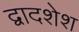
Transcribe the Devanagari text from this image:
द्वादशेश